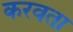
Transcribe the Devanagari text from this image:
करवता